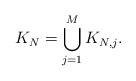
LaTeX: \begin{align*}K_N = \bigcup_{j = 1}^M K_{N,j}.\end{align*}